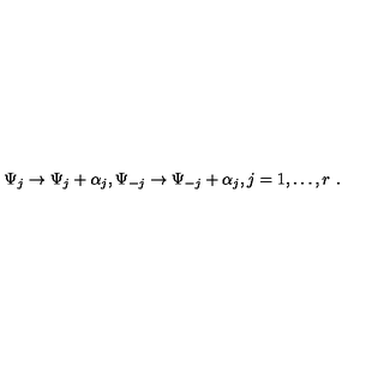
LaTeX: \Psi _ { j } \rightarrow \Psi _ { j } + \alpha _ { j } , \Psi _ { - j } \rightarrow \Psi _ { - j } + \alpha _ { j } , j = 1 , \ldots , r \ .